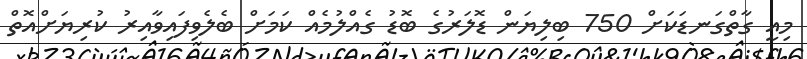
މިއީ ގާތްގަނޑަކަށް 750 ބިލިޔަން ޑޮލަރުގެ ބޮޑު ގެއްލުމެއް ކަމަށް ބެލެވިފައިވާއިރު ކުރިޔަށްއޮތް